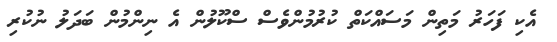
އެކި ފަހަރު މަތިން މަސައްކަތް ކުރުމުންވެސް ސްކޫލުން އެ ނިންމުން ބަދަލު ނުކުރި